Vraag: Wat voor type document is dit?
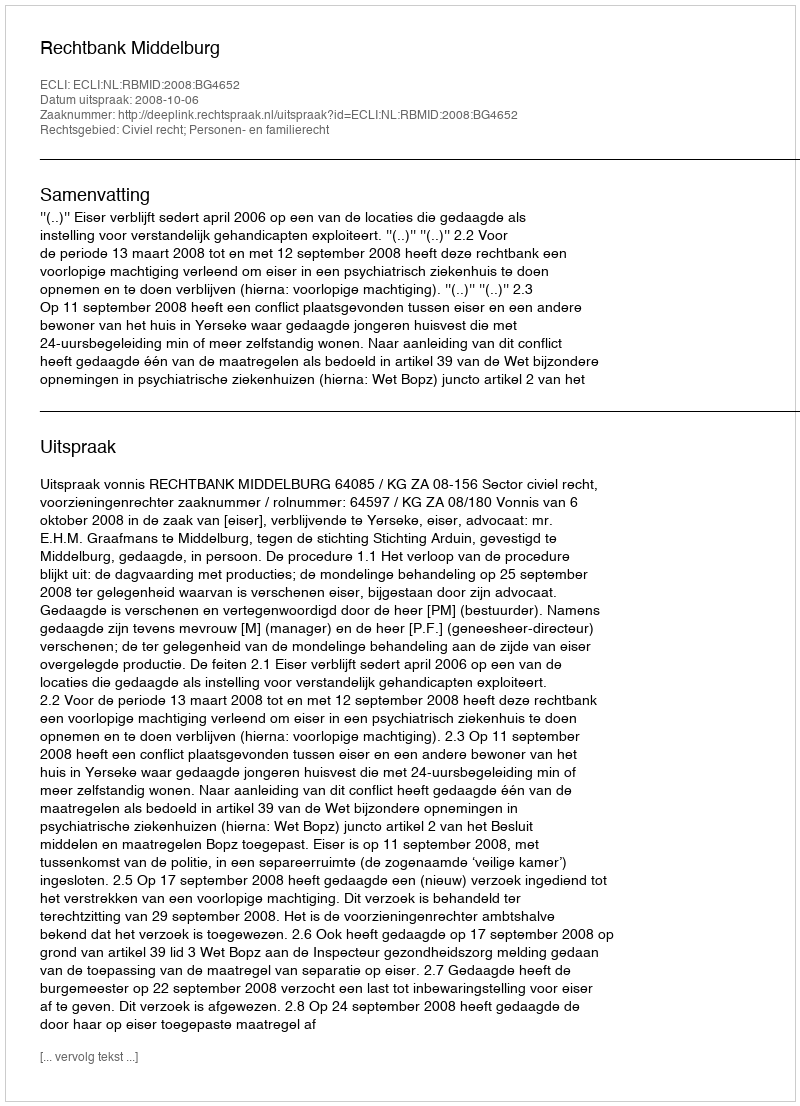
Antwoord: Uitspraak